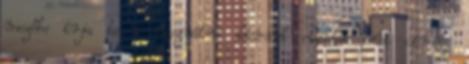
mezőbe írja be a használni kívánt elérési pont címét.